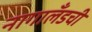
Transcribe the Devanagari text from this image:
नागालँडची